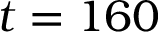
t = 1 6 0